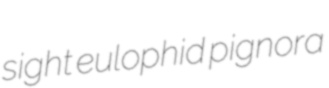
sight eulophid pignora